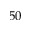
5 0